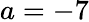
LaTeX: a=-7